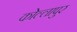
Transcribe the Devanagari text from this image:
कोल्लापुर